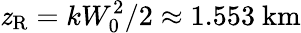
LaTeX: \mathit{z}_{\mathrm{{R}}}=kW_{0}^{2}/2\approx1.553~\mathrm{{km}}